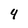
Character: 4